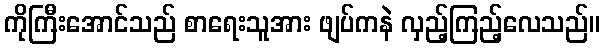
ကိုကြီးအောင်သည် စာရေးသူအား ဖျပ်ကနဲ လှည့်ကြည့်လေသည်။